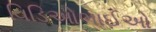
વિડિઓભાઈઓ